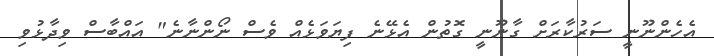
އެހެންނޫނީ ސަރުކާރަށް ގާނޫނީ ގޮތުން އެޅޭނެ ފިޔަވަޅެއް ވެސް ނޯންނާނެ" އައްބާސް ވިދާޅުވި